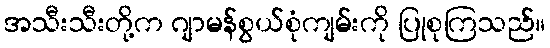
အသီးသီးတို့က ဂျာမန်စွယ်စုံကျမ်းကို ပြုစုကြသည်။